Indian journal of veterinary science and animal husbandry - Volumes 22-23, 1952-1953
Year: 1952
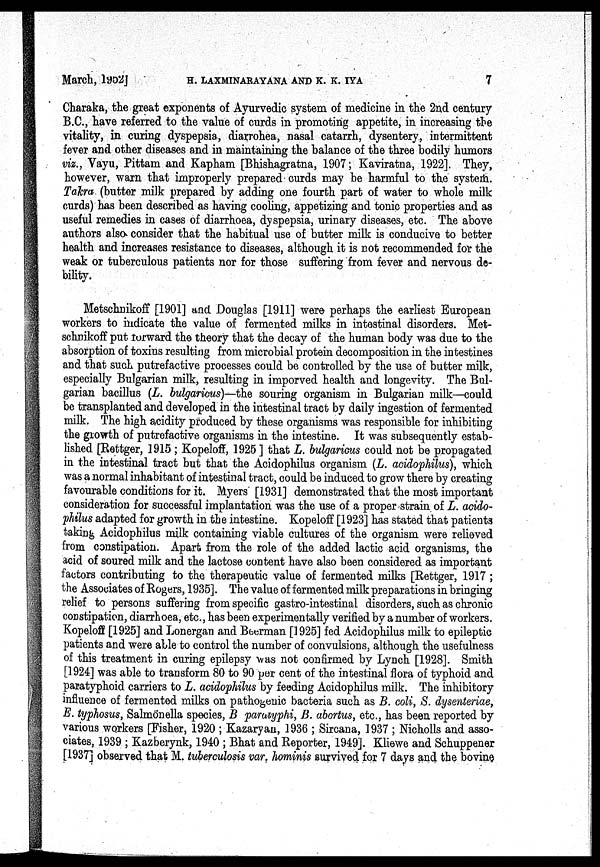
March, 1952] H. LAXMINARAYANA AND K. K. IYA 7
Charaka, the great exponents of Ayurvedic system of. medicine in the 2nd century
B.C., have referred to the value of curds in promoting appetite, in increasing the
vitality, in curing dyspepsia, diarrohea, nasal catarrh, dysentery, intermittent
fever and other diseases and in maintaining the balance of the three bodily humors
viz., Vayu, Pittam and Kapham [Bhishagratna, 1907; Kaviratna, 1922]. They,
however, warn that improperly prepared curds may be harmful to the system.
Takra (butter milk prepared by adding one fourth part of water to whole milk
curds) has been described as having cooling, appetizing and tonic properties and as
useful remedies in cases of diarrhoea, dyspepsia, urinary diseases, etc. The above
authors also consider that the habitual use of butter milk is conducive to better
health and increases resistance to diseases, although it is not recommended for the
weak or tuberculous patients nor for those suffering from fever and nervous de-
bility.
Metschnikoff [1901] and Douglas [1911] were perhaps the earliest European
workers to indicate the value of fermented milks in intestinal disorders. Met-
schnikoff put forward the theory that the decay of the human body was due to the
absorption of toxins resulting from microbial protein decomposition in the intestines
and that such putrefactive processes could be controlled by the use of butter milk,
especially Bulgarian milk, resulting in imporved health and longevity. The Bul-
garian bacillus (L. bulgaricus)—the souring organism in Bulgarian milk—could
be transplanted and developed in the intestinal tract by daily ingestion of fermented
milk. The high acidity produced by these organisms was responsible for inhibiting
the growth of putrefactive organisms in the intestine. It was subsequently estab-
lished [Rettger, 1915; Kopeloff, 1925] that L. bulgaricus could not be propagated
in the intestinal tract but that the Acidophilus organism (L. acidophilus), which
was a normal inhabitant of intestinal tract, could be induced to grow there by creating
favourable conditions for it. Myers [1931] demonstrated that the most important
consideration for successful implantation was the use of a proper strain of L. acido-
philus adapted for growth in the intestine. Kopeloff [1923] has stated that patients
taking Acidophilus milk containing viable cultures of the organism were relieved
from constipation. Apart from the role of the added lactic acid organisms, the
acid of soured milk and the lactose content have also been considered as important
factors contributing to the therapeutic value of fermented milks [Rettger, 1917 ;
the Associates of Rogers, 1935]. The value of fermented milk preparations in bringing
relief to persons suffering from specific gastro-intestinal disorders, such as chronic
constipation, diarrhoea, etc., has been experimentally verified by a number of workers.
Kopeloff [1925] and Lonergan and Beerman [1925] fed Acidophilus milk to epileptic
patients and were able to control the number of convulsions, although the usefulness
of this treatment in curing epilepsy was not confirmed by Lynch [1928]. Smith
[1924] was able to transform 80 to 90 per cent of the intestinal flora of typhoid and
paratyphoid carriers to L. acidophilus by feeding Acidophilus milk. The inhibitory
influence of fermented milks on pathogenic bacteria such as B. coli, S. dysenteriae,
E. typhosus, Salmönella species, B paratyphi, B. abortus, etc., has been reported by
various workers [Fisher, 1920 ; Kazaryan, 1936 ; Sircana, 1937 ; Nicholls and asso-
ciates, 1939 ; Kazberynk, 1940 ; Bhat and Reporter, 1949]. Kliewe and Schuppener
[1937] observed that M. tuberculosis var. hominis survived for 7 days and the bovine